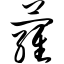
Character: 萝